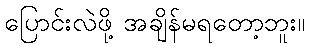
ပြောင်းလဲဖို့ အချိန်မရတော့ဘူး။